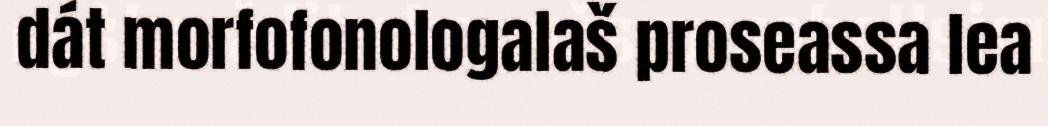
dát morfofonologalaš proseassa lea